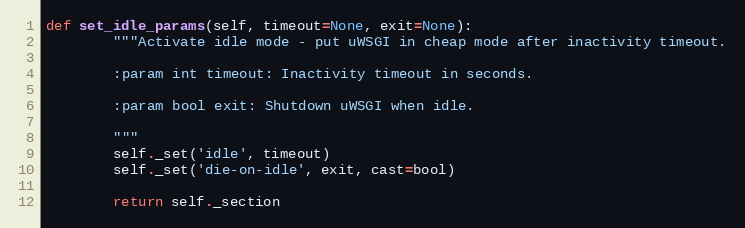
Language: Python
def set_idle_params(self, timeout=None, exit=None):
        """Activate idle mode - put uWSGI in cheap mode after inactivity timeout.

        :param int timeout: Inactivity timeout in seconds.

        :param bool exit: Shutdown uWSGI when idle.

        """
        self._set('idle', timeout)
        self._set('die-on-idle', exit, cast=bool)

        return self._section